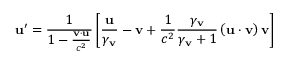
\mathbf { u } ^ { \prime } = { \frac { 1 } { 1 - { \frac { \mathbf { v } \cdot \mathbf { u } } { c ^ { 2 } } } } } \left[ { \frac { \mathbf { u } } { \gamma _ { \mathbf { v } } } } - \mathbf { v } + { \frac { 1 } { c ^ { 2 } } } { \frac { \gamma _ { \mathbf { v } } } { \gamma _ { \mathbf { v } } + 1 } } \left( \mathbf { u } \cdot \mathbf { v } \right) \mathbf { v } \right]